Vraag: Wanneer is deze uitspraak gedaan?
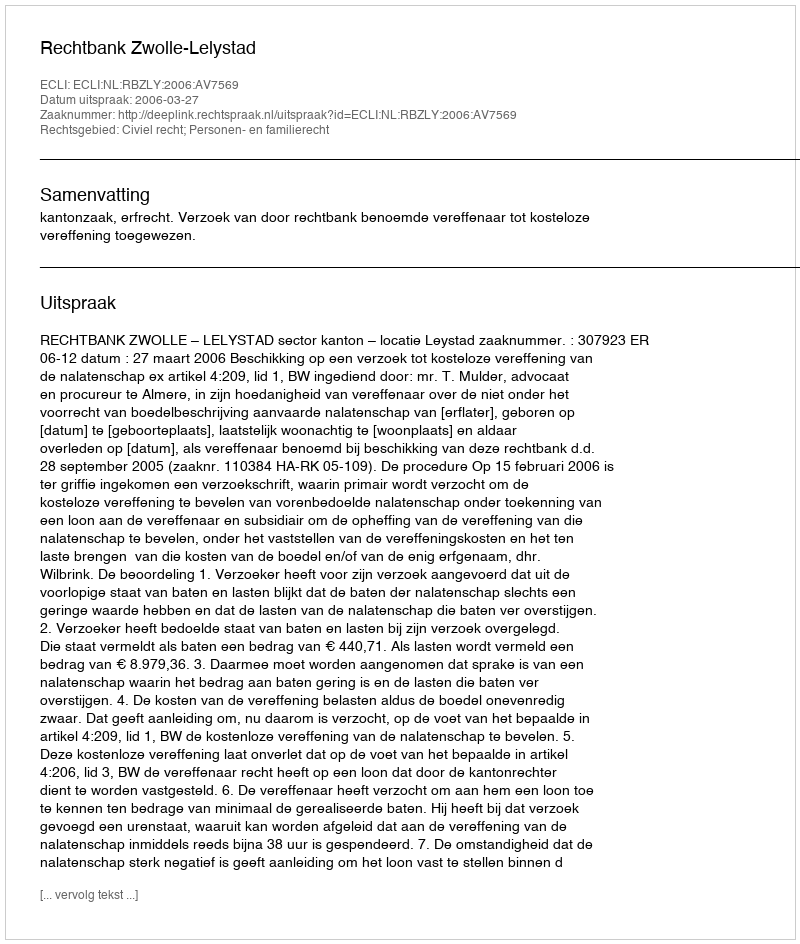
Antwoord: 2006-03-27